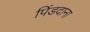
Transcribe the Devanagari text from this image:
पिंडदाना